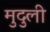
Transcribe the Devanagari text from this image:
मुदुली